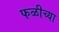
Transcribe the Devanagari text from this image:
फळीच्या